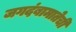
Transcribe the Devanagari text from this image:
जगदंबामातेची